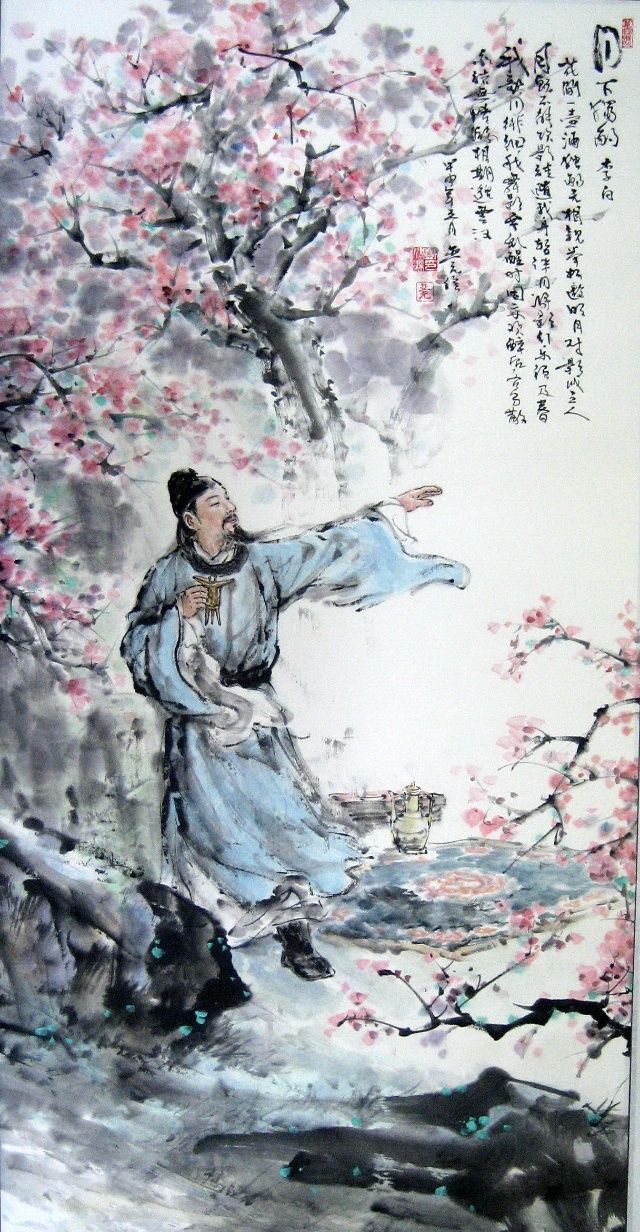
花间一壶酒，独酌无相亲。